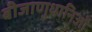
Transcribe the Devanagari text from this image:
बीजाणुधानिओं